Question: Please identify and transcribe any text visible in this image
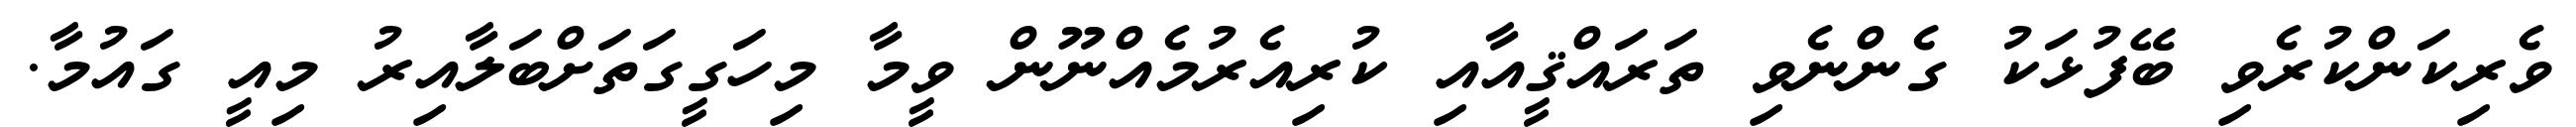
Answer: ވެރިކަންކުރެވި ބޭފުޅަކު ގެންނެވި ތަރައްޤީއާއި ކުރިއެރުމެއްނޫން ވީމާ މިހަގީގަތަށްބަލާއިރު މިއީ ގައުމާ.